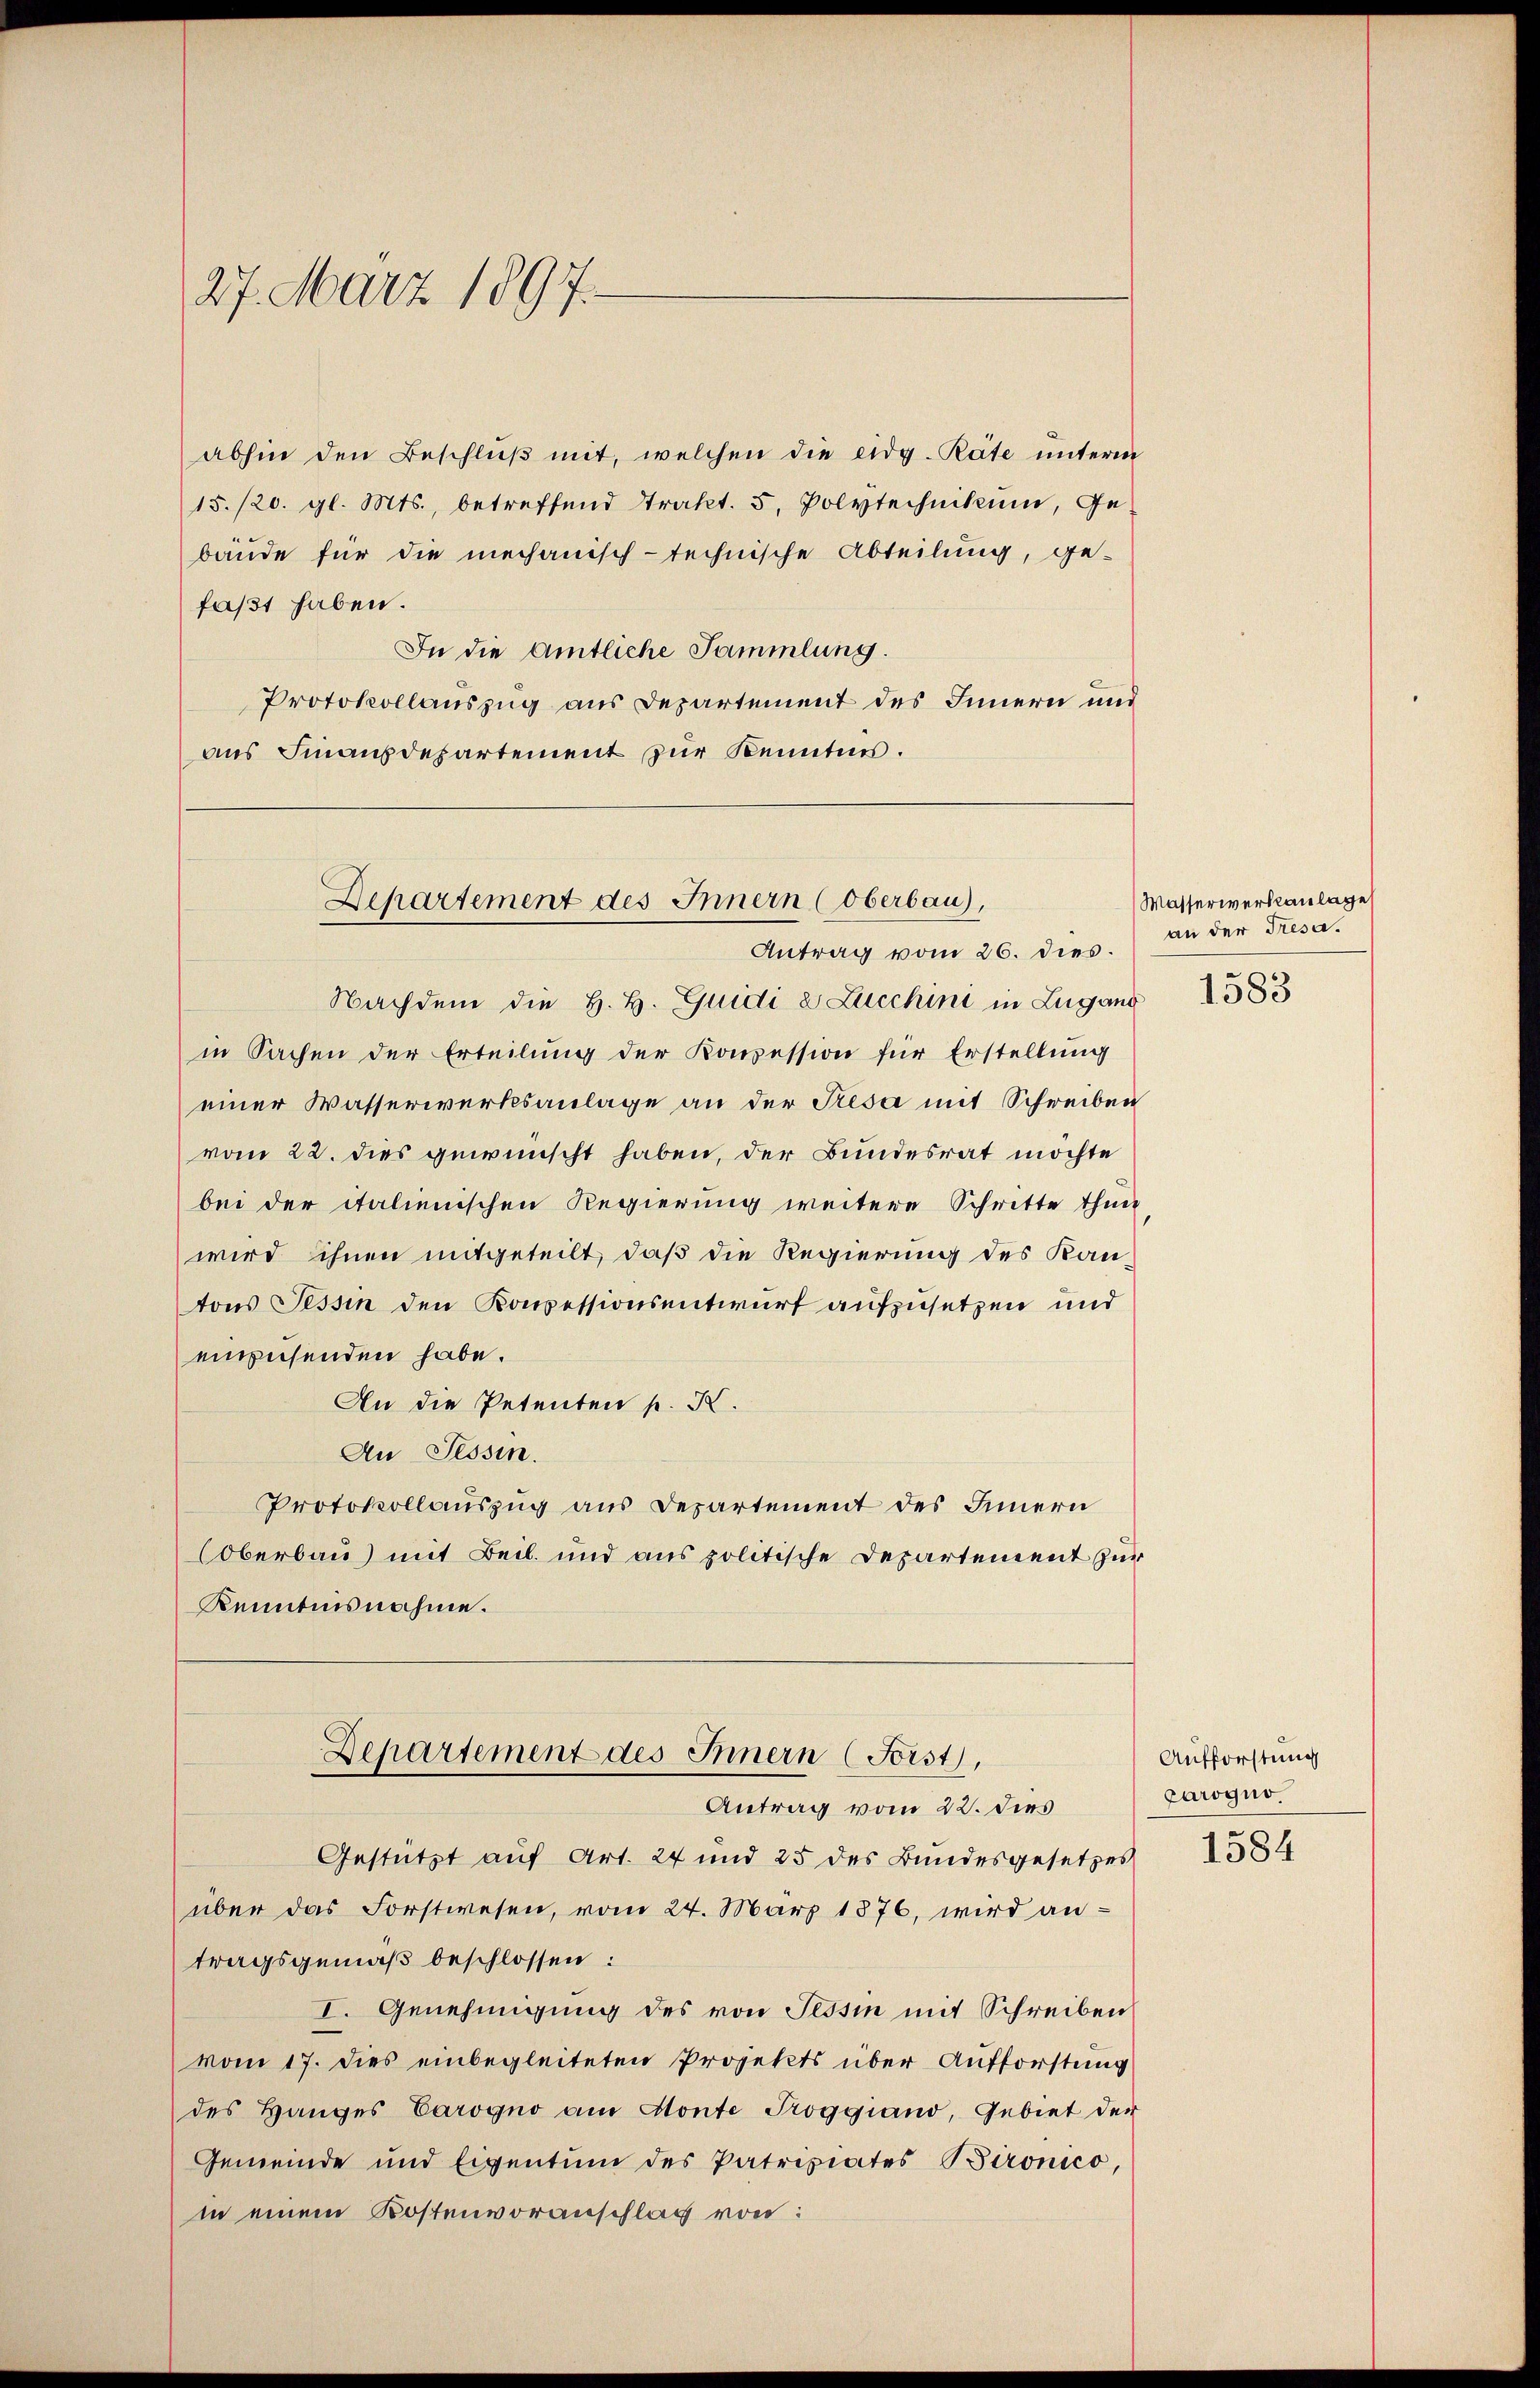
27. März 1897.

abhin den Beschlŭβ mit, welchen die eidg. Räte unterm
15./20. gl. Mts., betreffend Trakt. 5. Polytechnikum, Ge
bäude für die mechanisch-technische Abteilung, ge-
faßt haben.
In die amtliche Sammlung.
Protokollauszug aus Departement des Innern und
aus Finanzdepartement zur Kenntnis.

Departement des Innern (Oberbau),
Antrag vom 26. dies

Nachdem die H. H. Guidi 2 Zucchini in Zugano
in Sachen der Erteilung der Konzession für Erstellung
einer Wasserwerksanlage an der Presa mit Schreiben
vom 22. dies gewünscht haben, der Bundesrat möchte
bei der italienischen Regierung weitere Schritte thun
wird ihnen mitgeteilt, daß die Regierung des Kan-
tons Tessin den Konzessionsentwurf aufzusetzen und
einzusenden habe.
An die Petenten p. X.
An Tessin.
Protokollauszug aus Departement des Innern
Oberbau) mit Beil. und aus politische Departement zur
Kenntnisnahme.

Gestützt auf Art. 24 und 25 des Bundesgesetzes
über das Forstwesen, vom 24. März 1876, wird antragsgemäß beschlossen:
I. Genehmigung des von Tessin mit Schreiben
vom 17. dies einbegleiteten Projekts über Aufforstung
des Hanges Carogno am Monte Proggiand, Gebiet der
Gemeinde und Eigentum des Patrixiates Bironico,
in einem Kostenvoranschlag von:

Departement des Innern (Forst,
Antrag vom 22. dies

Wasserwerksanlage
an der Tresa.

1583

Aufforstung
Carogno

1584